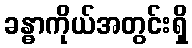
ခန္ဓာကိုယ်အတွင်းရှိ